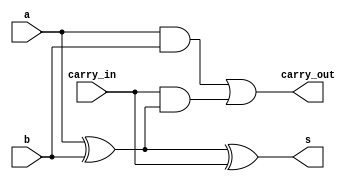
module full_adder_data(input a,input b,input carry_in,output s, output carry_out);
assign s=a^b^carry_in;
assign carry_out=(a&b)|carry_in&(a^b);
endmodule